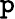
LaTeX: \mathtt{p}